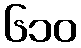
၆၁၀